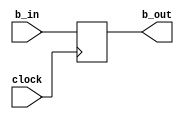
module B_register(
	input clock,
	input [W-1:0] b_in,
	output [W-1:0] b_out
   );

	parameter W = 32; // default

	reg [W-1:0] Reg;

	assign b_out = Reg;

	always@(posedge clock)
		begin
		Reg <= b_in;
		end

endmodule